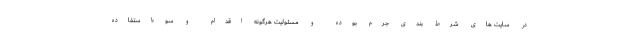
در سایت های شرط بندی جرم بوده و مسئولیت هرگونه اقدام و سوءاستفاده